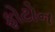
ફોટોન